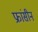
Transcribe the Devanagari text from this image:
फ्रांसीन